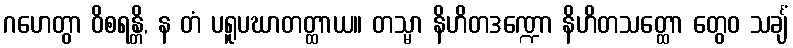
ဂဟေတွာ ဝိစရန္တိ, န တံ ပရူပဃာတတ္ထာယ။ တသ္မာ နိဟိတဒဏ္ဍော နိဟိတသတ္ထော တွေဝ သင်္ချံ